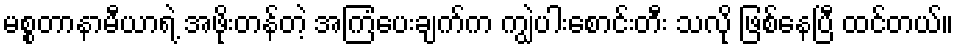
မစ္စတာနာမီယာရဲ့ အဖိုးတန်တဲ့ အကြံပေးချက်က ကျွဲပါးစောင်းတီး သလို ဖြစ်နေပြီ ထင်တယ်။